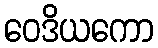
ဝေဒိယကော